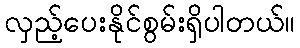
လှည့်ပေးနိုင်စွမ်းရှိပါတယ်။